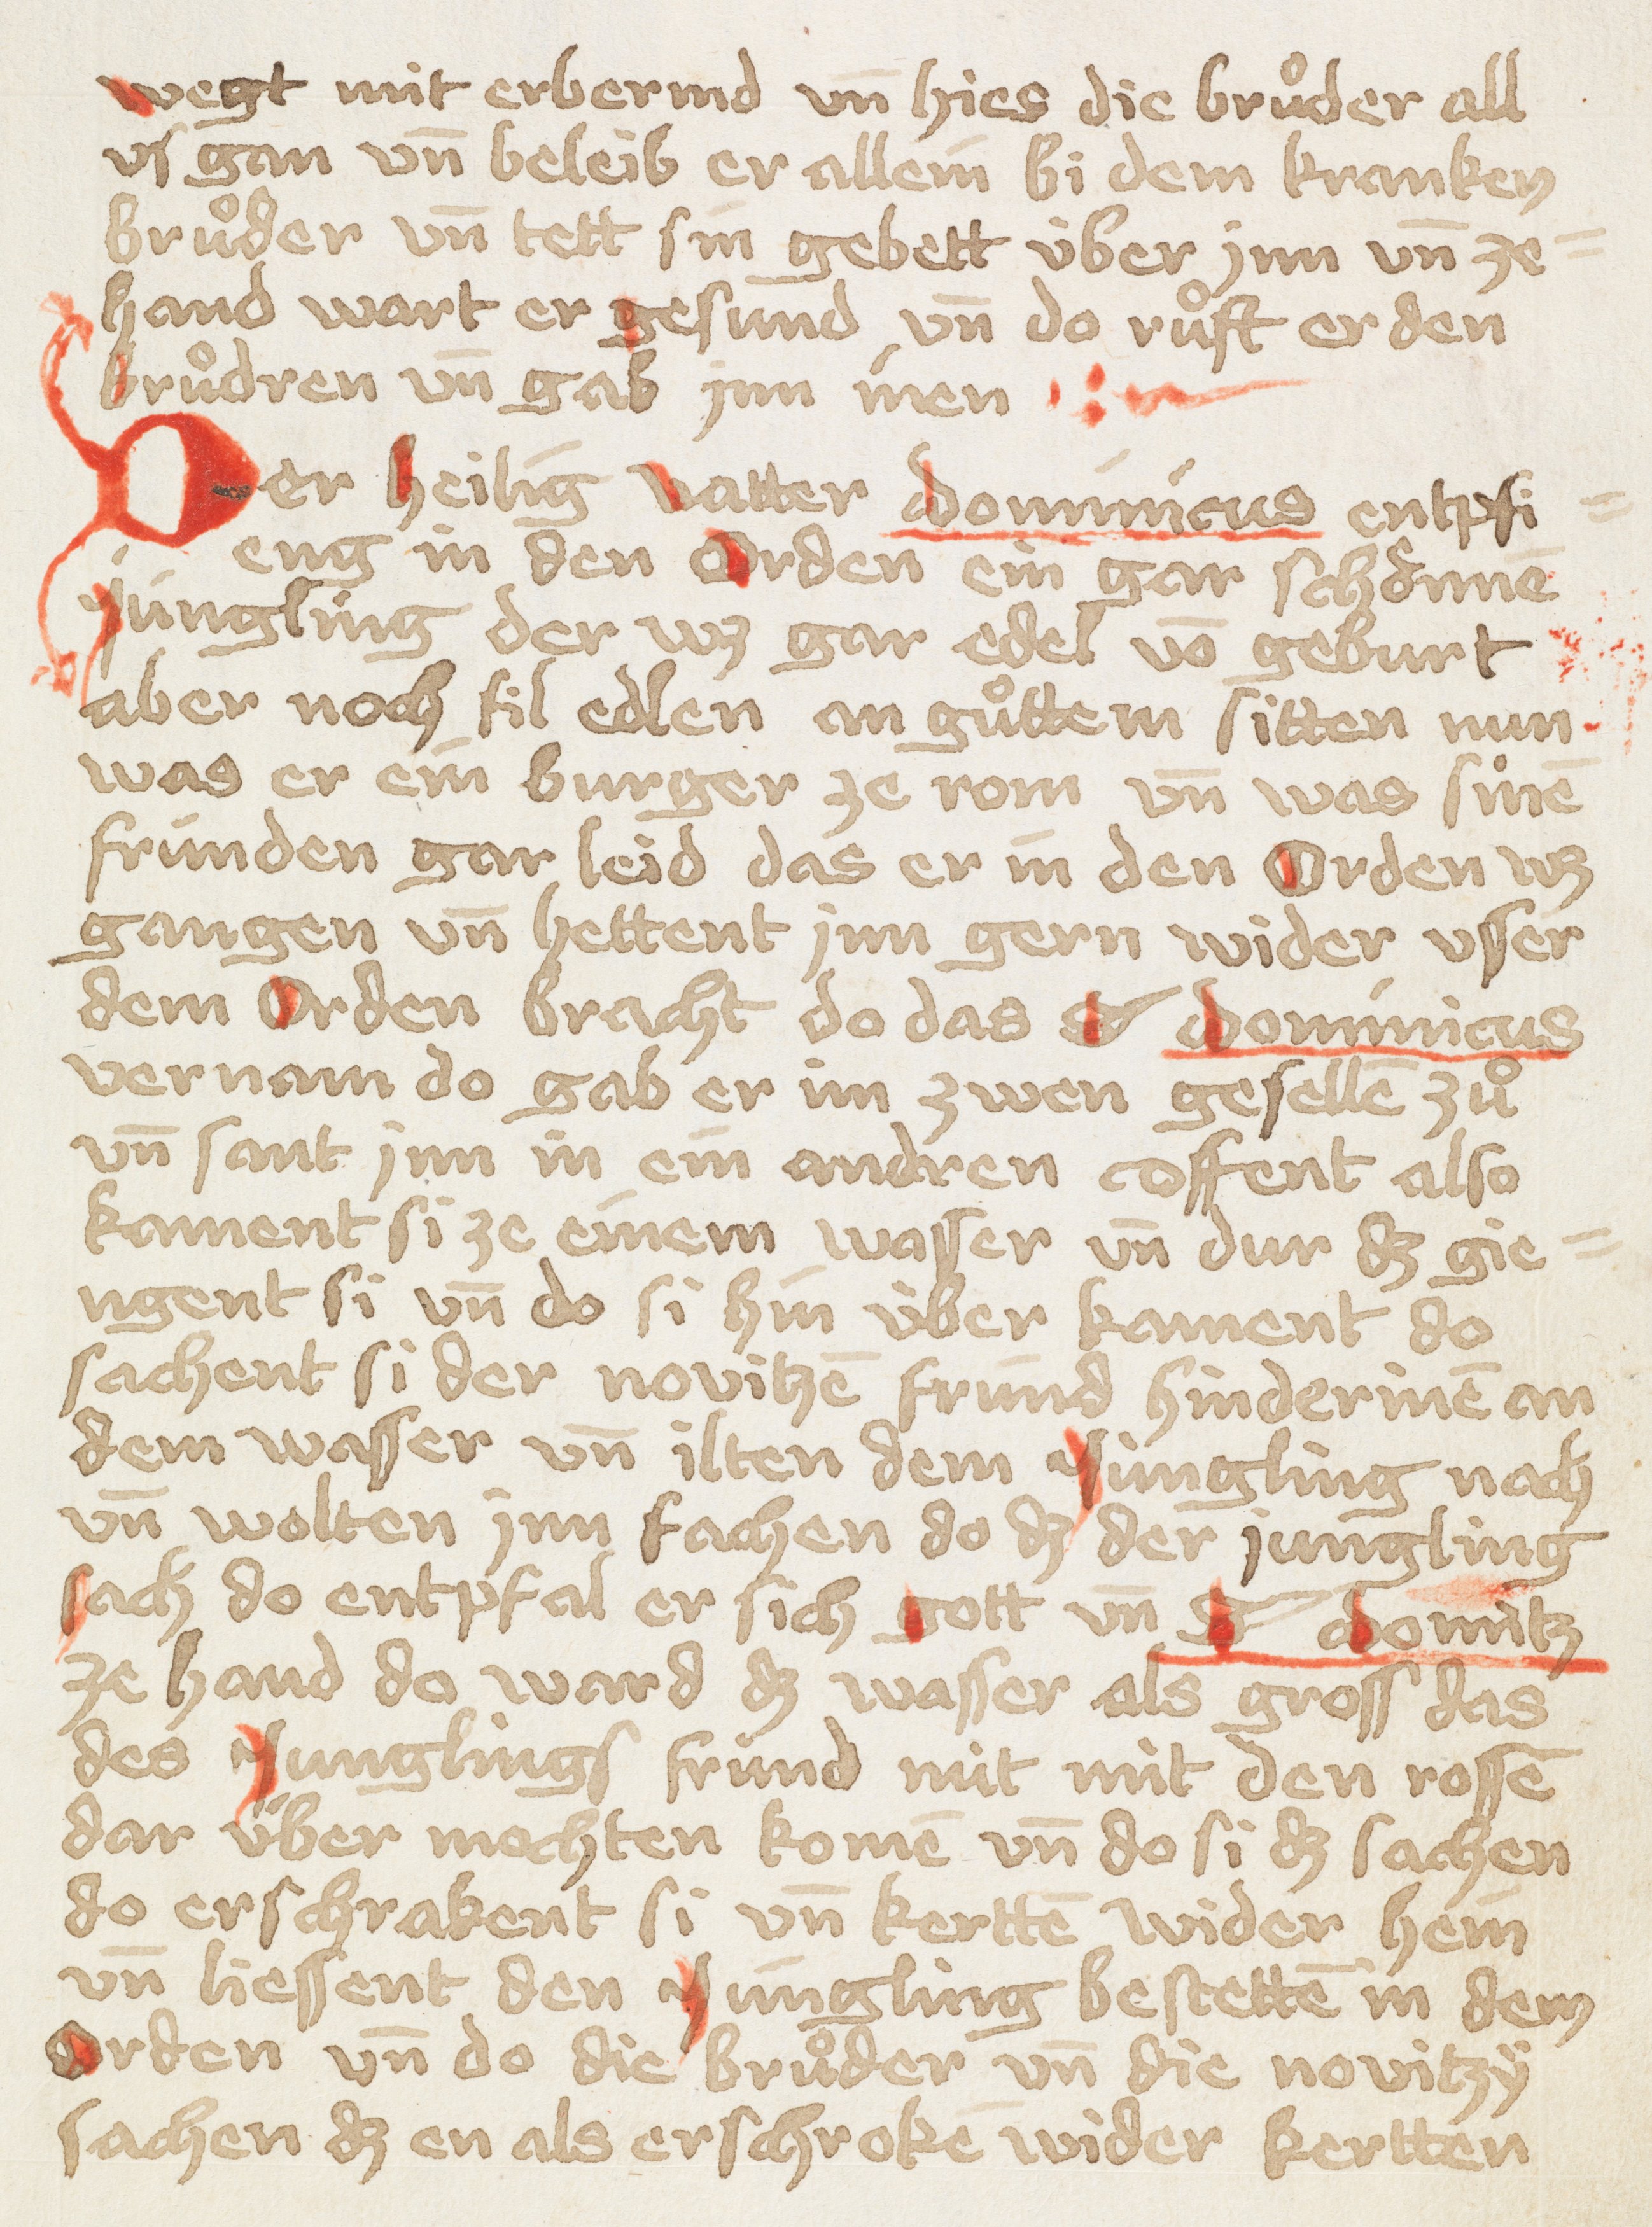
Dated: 1449–1449